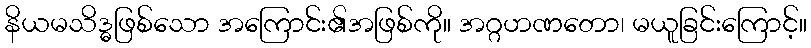
နိယမသိဒ္ဓဖြစ်သော အကြောင်း၏အဖြစ်ကို။ အဂ္ဂဟဏတော၊ မယူခြင်းကြောင့်။